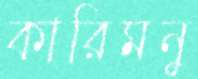
কারিমনু